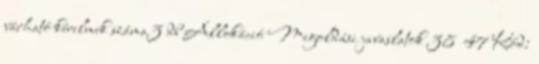
várható kérelmek száma3 db Allokáció Megoldási javaslatok 38 47 Kód: